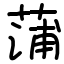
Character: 蒲